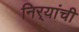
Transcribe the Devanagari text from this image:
निर्‍यांची